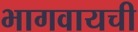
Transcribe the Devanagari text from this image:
भागवायची